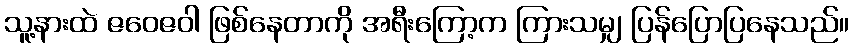
သူ့နားထဲ ဇဝေဇဝါ ဖြစ်နေတာကို အရီးကြော့က ကြားသမျှ ပြန်ပြောပြနေသည်။